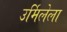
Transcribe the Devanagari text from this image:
उर्मिलेला